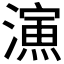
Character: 𣿶